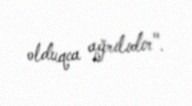
olduqca ağrılıdır".